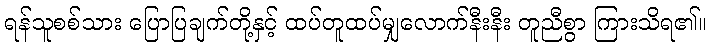
ရန်သူစစ်သား ပြောပြချက်တို့နှင့် ထပ်တူထပ်မျှလောက်နီးနီး တူညီစွာ ကြားသိရ၏။